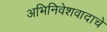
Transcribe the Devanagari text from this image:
अभिनिवेशवादाचे